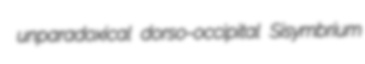
unparadoxical dorso-occipital Sisymbrium